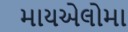
માયએલોમા